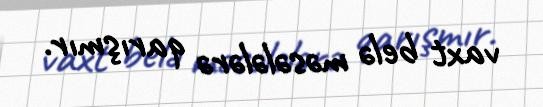
vaxt belə məsələlərə qarışmır.